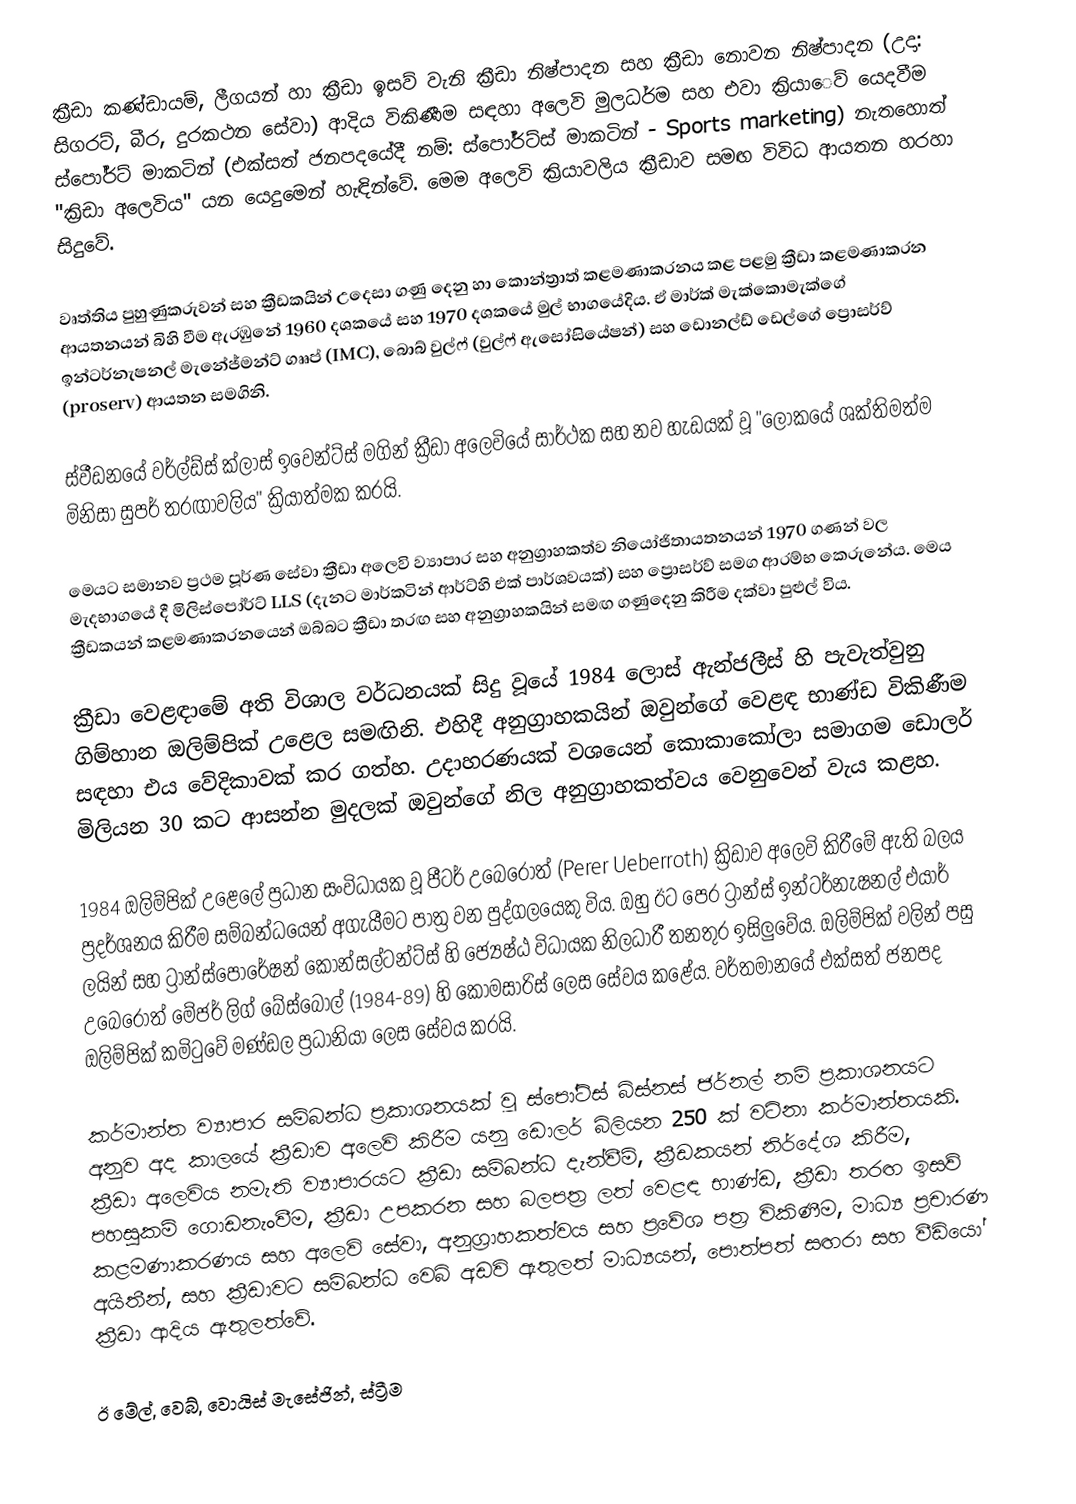
ක්‍රීඩා කණ්ඩායම්, ලීගයන් හා ක්‍රීඩා ඉසව් වැනි ක්‍රීඩා නිෂ්පාදන සහ ක්‍රීඩා නොවන නිෂ්පාදන (උදා: සිගරට්, බීර, දුරකථන සේවා) ආදිය විකිණීම සඳහා අලෙවි මුලධර්ම සහ එවා ක්‍රියා‍ෙව් යෙදවීම ස්පෝර්ට් මාකටින් (එක්සත් ජනපදයේදී නම්: ස්පෝර්ට්ස් මාකටින් - Sports marketing) නැතහොත් "ක්‍රිඩා අලෙවිය" යන යෙදුමෙන් හැඳින්වේ. මෙම අලෙවි ක්‍රියාවලිය ක්‍රීඩාව සමඟ විවිධ ආයතන හරහා සිදුවේ.

වෘත්තිය පුහුණුකරුවන් සහ ක්‍රීඩකයින් උදෙසා ගණු දෙනු හා කොන්ත්‍රාත් කළමණාකරනය කළ පළමු ක්‍රීඩා කළමණාකරන ආයතනයන් බිහි වීම ඇරඹුනේ 1960 දශකයේ සහ 1970 දශකයේ මුල් භාගයේදිය. ඒ මාර්ක් මැක්කොමැක්ගේ ඉන්ටර්නැෂනල් මැනේජ්මන්ට් ගෲප් (IMC), බොබ් වුල්ෆ් (වුල්ෆ් ඇසෝසියේෂන්) සහ ඩොනල්ඩ් ඩෙල්ගේ ප්‍රොසර්ව් (proserv) ආයතන සමගිනි.

ස්වීඩනයේ වර්ල්ඩ්ස් ක්ලාස් ඉවෙන්ට්ස් මගින් ක්‍රීඩා අලෙවියේ සාර්ථක සහ නව හැඩයක් වූ "ලොකයේ ශක්තිමත්ම මිනිසා සුපර් තරඟාවලිය" ක්‍රියාත්මක කරයි.

මෙයට සමානව ප්‍රථම පූර්ණ සේවා ක්‍රීඩා අලෙවි ව්‍යාපාර සහ අනුග්‍රාහකත්ව නියෝජිතායතනයන් 1970 ගණන් වල මැදභාගයේ දී මිලිස්පෝර්ට් LLS (දැනට මාර්කටින් ආර්ට්හි එක් පාර්ශවයක්) සහ ප්‍රොසර්ව් සමග ආරම්භ කෙරුනේය. මෙය ක්‍රීඩකයන් කළමණාකරනයෙන් ඔබ්බට ක්‍රීඩා තරඟ සහ අනුග්‍රාහකයින් සමඟ ගණුදෙනු කිරීම දක්වා පුළුල් විය.

ක්‍රීඩා වෙළඳාමේ අති විශාල වර්ධනයක් සිදු වූයේ 1984 ලොස් ඇන්ජලීස් හි පැවැත්වුනු ගිම්හාන ඔලිම්පික් උළෙල සමඟිනි. එහිදී අනුග්‍රාහකයින් ඔවුන්ගේ වෙළඳ භාණ්ඩ විකිණීම සඳහා එය වේදිකාවක් කර ගත්හ. උදාහරණයක් වශයෙන් කොකාකෝලා සමාගම ඩොලර් මිලියන 30 කට ආසන්න මුදලක් ඔවුන්ගේ නිල අනුග්‍රාහකත්වය වෙනුවෙන් වැය කළහ.

1984 ඔලිම්පික් උළෙලේ ප්‍රධාන සංවිධායක වූ පීටර් උබෙරොත් (Perer Ueberroth) ක්‍රිඩාව අලෙවි කිරීමේ ඇති බලය ප්‍රදර්ශනය කිරීම සම්බන්ධයෙන් අගැයීමට පාත්‍ර වන පුද්ගලයෙකු විය. ඔහු ඊට පෙර ට්‍රාන්ස් ඉන්ටර්නැෂනල් එයාර් ලයින් සහ ට්‍රාන්ස්පොරේෂන් කොන්සල්ටන්ට්ස් හි ජ්‍යෙෂ්ඨ විධායක නිලධාරී තනතුර ඉසිලුවේය. ඔලිම්පික් වලින් පසු උබෙරොත් මේජර් ලිග් බේස්බෝල් (1984-89) හි කොමසාරිස් ලෙස සේවය කළේය. වර්තමානයේ එක්සත් ජනපද ඔලිම්පික් කමිටුවේ මණ්ඩල ප්‍රධානියා ලෙස සේවය කරයි.

කර්මාන්ත ව්‍යාපාර සම්බන්ධ ප්‍රකාශනයක් වූ ස්පෝට්ස් බිස්නස් ජර්නල් නම් ප්‍රකාශනයට අනුව අද කාලයේ ක්‍රීඩාව අලෙවි කිරීම යනු ඩොලර් බිලියන 250 ක් වටිනා කර්මාන්තයකි. ක්‍රීඩා අලෙවිය නමැති ව්‍යාපාරයට ක්‍රීඩා සම්බන්ධ දැන්වීම්, ක්‍රීඩකයන් නිර්දේශ කිරීම, පහසුකම් ගොඩනැංවීම, ක්‍රීඩා උපකරන සහ බලපත්‍ර ලත් වෙළඳ භාණ්ඩ, ක්‍රීඩා තරඟ ඉසව් කළමණාකරණය සහ අලෙවි සේවා, අනුග්‍රාහකත්වය සහ ප්‍රවේශ පත්‍ර විකිණීම, මාධ්‍ය ප්‍රචාරණ අයිතීන්, සහ ක්‍රීඩාවට සම්බන්ධ වෙබ් අඩවි ඇතුලත් මාධ්‍යයන්, පොත්පත් සඟරා සහ වීඩියෝ ක්‍රීඩා ආදිය ඇතුලත්වේ.

ඊ මේල්, වෙබ්, වොයිස් මැසේජින්, ස්ට්‍රීම